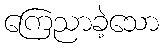
ကြေညာခဲ့သော